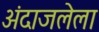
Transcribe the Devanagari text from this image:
अंदाजलेला